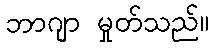
ဘာဂျာ မှုတ်သည်။